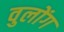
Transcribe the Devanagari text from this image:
वुलोंग